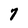
Character: 7